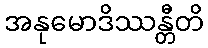
အနုမောဒိဿန္တီတိ